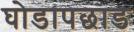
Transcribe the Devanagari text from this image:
घोडापछाड